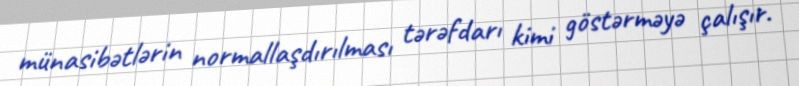
münasibətlərin normallaşdırılması tərəfdarı kimi göstərməyə çalışır.